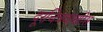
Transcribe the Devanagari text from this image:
दूरचित्रवाणीस